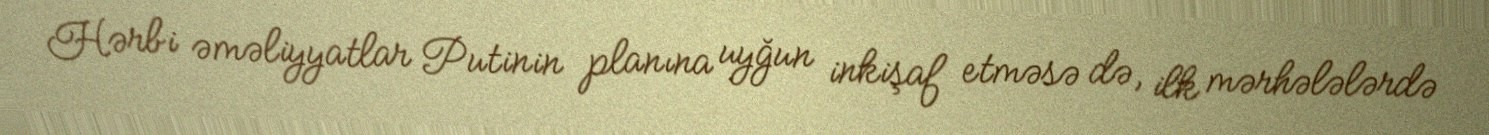
Hərbi əməliyyatlar Putinin planına uyğun inkişaf etməsə də, ilk mərhələlərdə